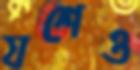
যশেও